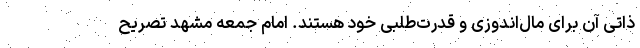
ذاتی آن برای مال‌اندوزی و قدرت‌طلبی خود هستند. امام جمعه مشهد تصریح